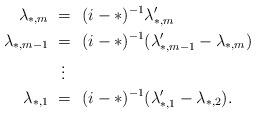
LaTeX: \begin{align*}\lambda_{\ast,m} \ = \ \ & (i-\ast)^{-1} \lambda'_{\ast,m} \\\lambda_{\ast,m-1} \ = \ \ & (i-\ast)^{-1} (\lambda'_{\ast,m-1} - \lambda_{\ast, m}) \\ \vdots \ \ \ \\\lambda_{\ast,1} \ = \ \ & (i-\ast)^{-1}(\lambda'_{\ast,1} - \lambda_{\ast, 2}). \end{align*}